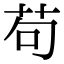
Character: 苟